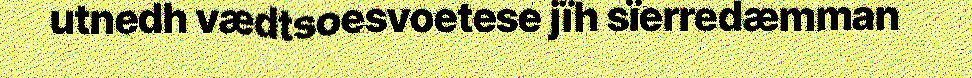
utnedh vædtsoesvoetese jïh sïerredæmman